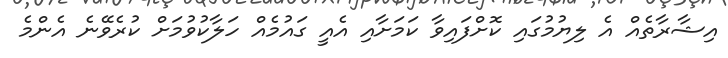
އިޝާރާތެއް އެ ލިޔުމުގައި ކޮށްފައިވާ ކަމަށާއި އެއީ ގައުމެއް ހަލާކުވުމަށް ކުރެވޭނެ އެންމެ